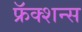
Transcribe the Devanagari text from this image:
फ्रॅक्शन्स